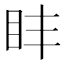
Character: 盽